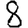
Digit: 8